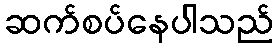
ဆက်စပ်နေပါသည်